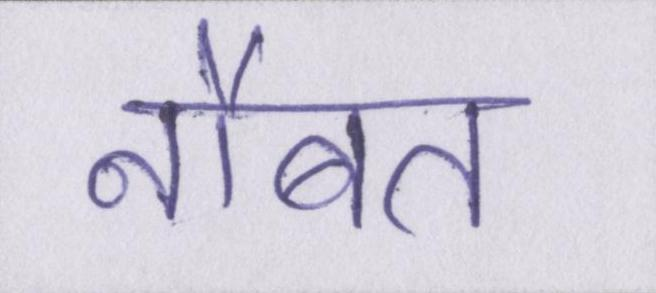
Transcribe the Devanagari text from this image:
नौबत